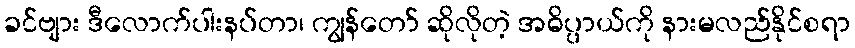
ခင်ဗျား ဒီလောက်ပါးနပ်တာ၊ ကျွန်တော် ဆိုလိုတဲ့ အဓိပ္ပာယ်ကို နားမလည်နိုင်စရာ